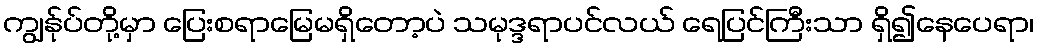
ကျွန်ုပ်တို့မှာ ပြေးစရာမြေမရှိတော့ပဲ သမုဒ္ဒရာပင်လယ် ရေပြင်ကြီးသာ ရှိ၍နေပေရာ၊